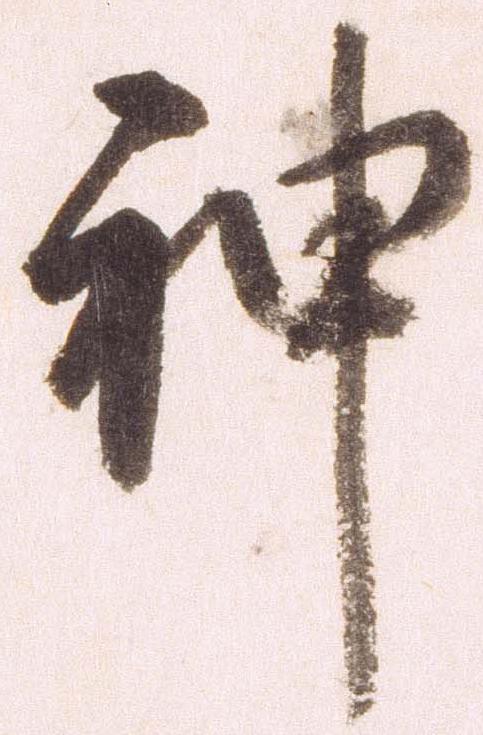
神